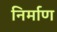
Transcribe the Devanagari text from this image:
निर्माण्‍ा